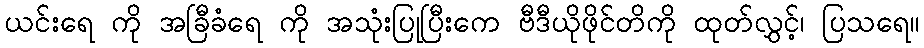
ယင်းရေ ကို အခြီခံရေ ကို အသုံးပြုပြီးကေ ဗီဒီယိုဖိုင်တိကို ထုတ်လွှင့်၊ ပြသရေ။